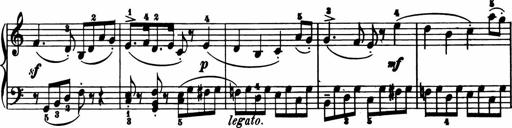
Title: 11 Sonatinas for Piano Solo
Composer: Anton Diabelli